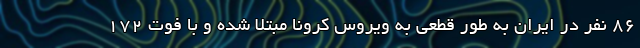
۸۶ نفر در ایران به طور قطعی به ویروس کرونا مبتلا شده و با فوت ۱۷۲